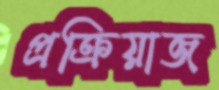
প্রক্রিয়াজ